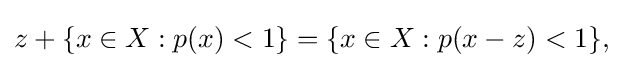
{\textstyle z+\{x\in X:p(x)<1\}=\{x\in X:p(x-z)<1\},}